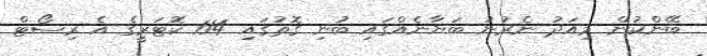
ބޭންކުން މިއަދު ނެރުނު ބަޔާނެއްގައި ބުނި ގޮތުގައި 114 ކޮޓަރީގެ އެ ރިސޯޓް